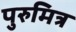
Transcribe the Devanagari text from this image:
पुरुमित्र